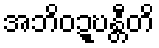
အဘိဝဍ္ဎန္တီတိ